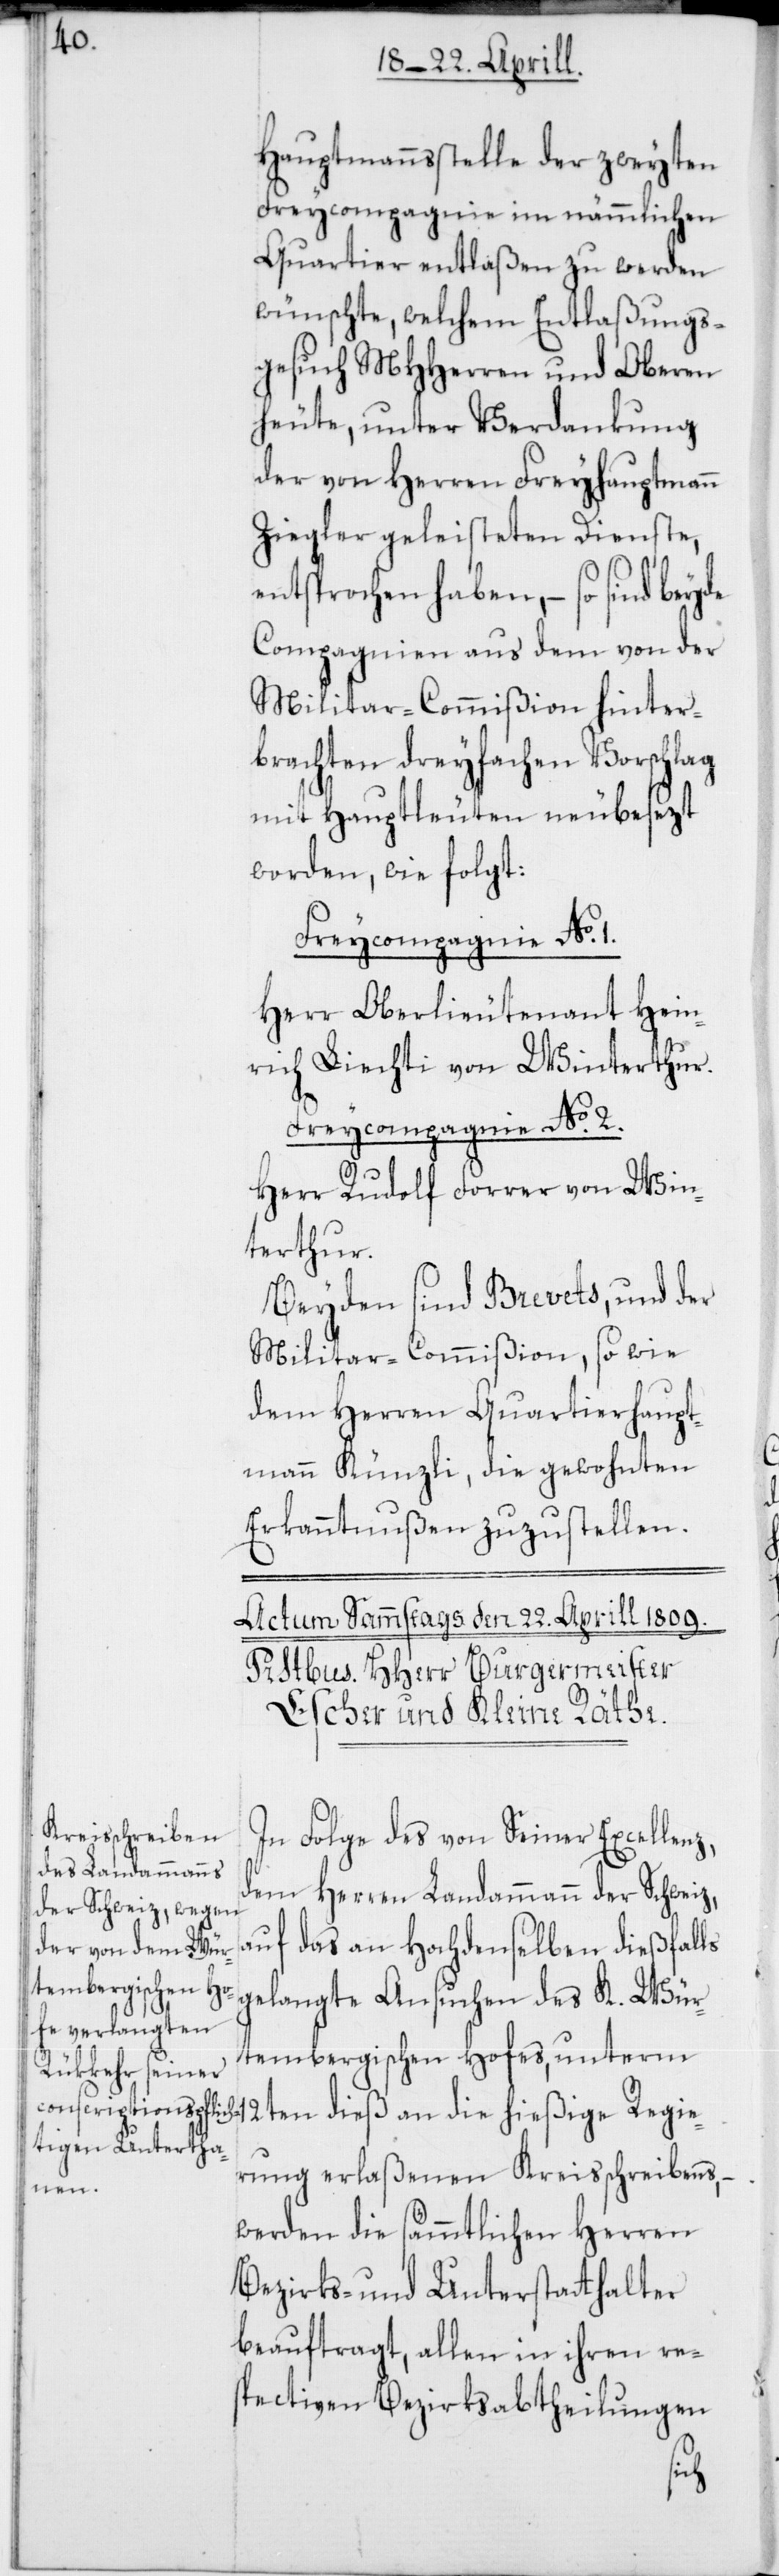
Hauptmannsstelle der zweyten
Freycompagnie im nämmlichen
Quartier entlaßen zu werden
wünschte, welchem Entlaßungs¬
gesuch MHHerren und Oberen
heute, unter Verdankung
der von Herren Freyhauptmann
Ziegler geleisteten Dienste,
entsprochen haben, – so sind beyde
Compagnien aus dem von der
Militar-Commißion hinter¬
brachten dreyfachen Vorschlag
mit Hauptleuten neu besezt
worden, wie folgt:
Freycompagnie No. 1.
Herr Oberlieutenant Hein¬
rich Liechti von Winterthur.
Freycompagnie No. 2.
Herr Rudolf Forrer von Win¬
terthur.
Beyden sind Brevets, und der
Militar-Commißion, so wie
dem Herren Quartierhaupt¬
mann Künzli, die gewohnten
Erkanntnußen zuzustellen.
In Folge des von Seiner Excellenz,
dem Herren Landammann der Schweiz,
auf das an Hochdenselben dießfalls
gelangte Ansuchen des K. Wür¬
tembergischen Hofes, unterm
12ten dieß an die hießige Regie¬
rung erlaßenen Kreisschreibens,
werden die sämmtlichen Herren
Bezirks- und Unterstatthalter
beauftragt, allen in ihren re¬
spectiven Bezirksabtheilungen